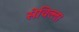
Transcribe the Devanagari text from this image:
सेविल्ला